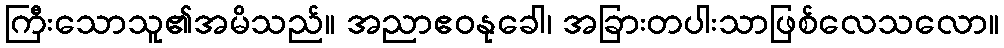
ကြီးသောသူ၏အမိသည်။ အညာဧဝနုခေါ၊ အခြားတပါးသာဖြစ်လေသလော။